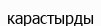
карастырды